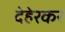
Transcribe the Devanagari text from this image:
देहेरकर